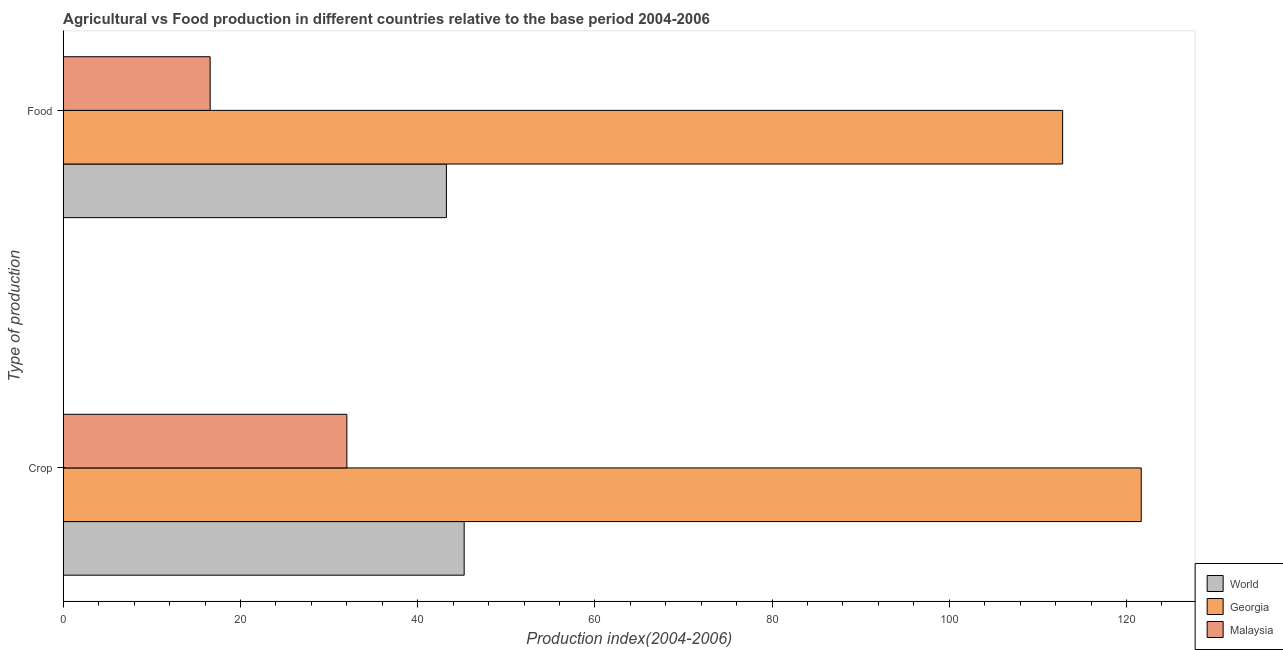
| Type of production | World | Georgia | Malaysia |
 | --- | --- | --- | --- |
 | Crop | 45.2 | 122 | 32 |
 | Food | 43.2 | 113 | 16.6 |